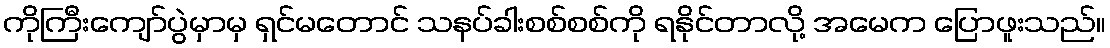
ကိုကြီးကျော်ပွဲမှာမှ ရှင်မတောင် သနပ်ခါးစစ်စစ်ကို ရနိုင်တာလို့ အမေက ပြောဖူးသည်။